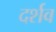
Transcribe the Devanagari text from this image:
दर्शव